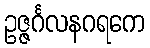
ဥဇ္ဇင်္ဂလနဂရကေ